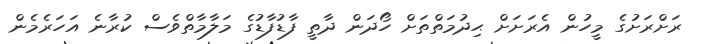
ރަށްރަށުގެ މީހުން އެރަށަށް ޙިދުމަތްތަށް ހޯދަން ދާތީ ފާޑުފާޑުގެ މަލާމާތްވެސް ކުރާނެ އަހަރެމެން